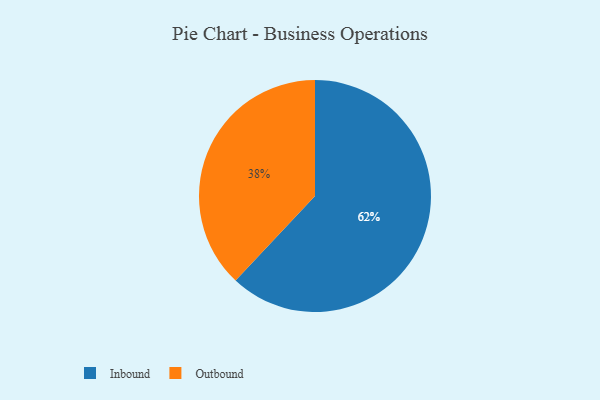
{"axis": {"x": "Category", "y": "Percentage"}, "legend": ["Inbound", "Outbound"], "data": [{"x": "Inbound", "y": 62, "type": "Inbound"}, {"x": "Outbound", "y": 38, "type": "Outbound"}]}